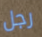
رجل